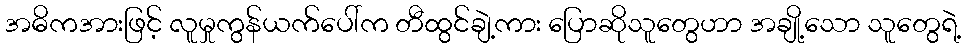
အဓိကအားဖြင့် လူမှုကွန်ယက်ပေါ်က တီထွင်ချဲ့ကား ပြောဆိုသူတွေဟာ အချို့သော သူတွေရဲ့